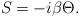
LaTeX: \begin{align*}\begin{array}{c}{S}=-i\beta\Theta. \end{array} \end{align*}